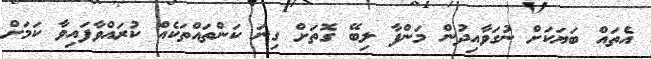
އެތައް ބަޔަކަށް ނުގަވާއިދުން މަންފާ ލިބޭ ގޮތަށް ގިނަ ކަންތައްތަކެއް ކުރައްވާފައިވާ ކަމަށް